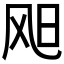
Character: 𫗇